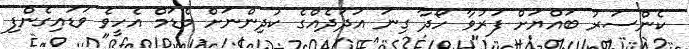
ކެންސަރު ބައްޔަށް ފަރުވާ ހޯދާ ގިނަ އަދަދެއްގެ ކުދިންނަށް މެޑަމް އެހީވެ ވަޑައިގެންފި